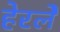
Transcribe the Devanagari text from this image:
हेरलेे